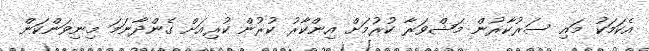
އެކަމަކު މައި ސަރުކާރުން މަޝްވަރާ ކުރުމަށް އިންކާރު ކުރުން ކުރިއަށް ގެންދާނަމަ މިނިވަންކަން